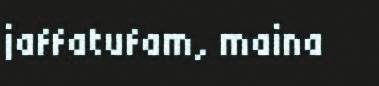
jaffatufam, maina